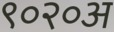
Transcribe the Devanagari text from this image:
९०२०अ